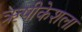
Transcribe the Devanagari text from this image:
ऋषीकेशला